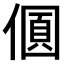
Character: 𠎡